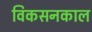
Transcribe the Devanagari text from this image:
विकसनकाल